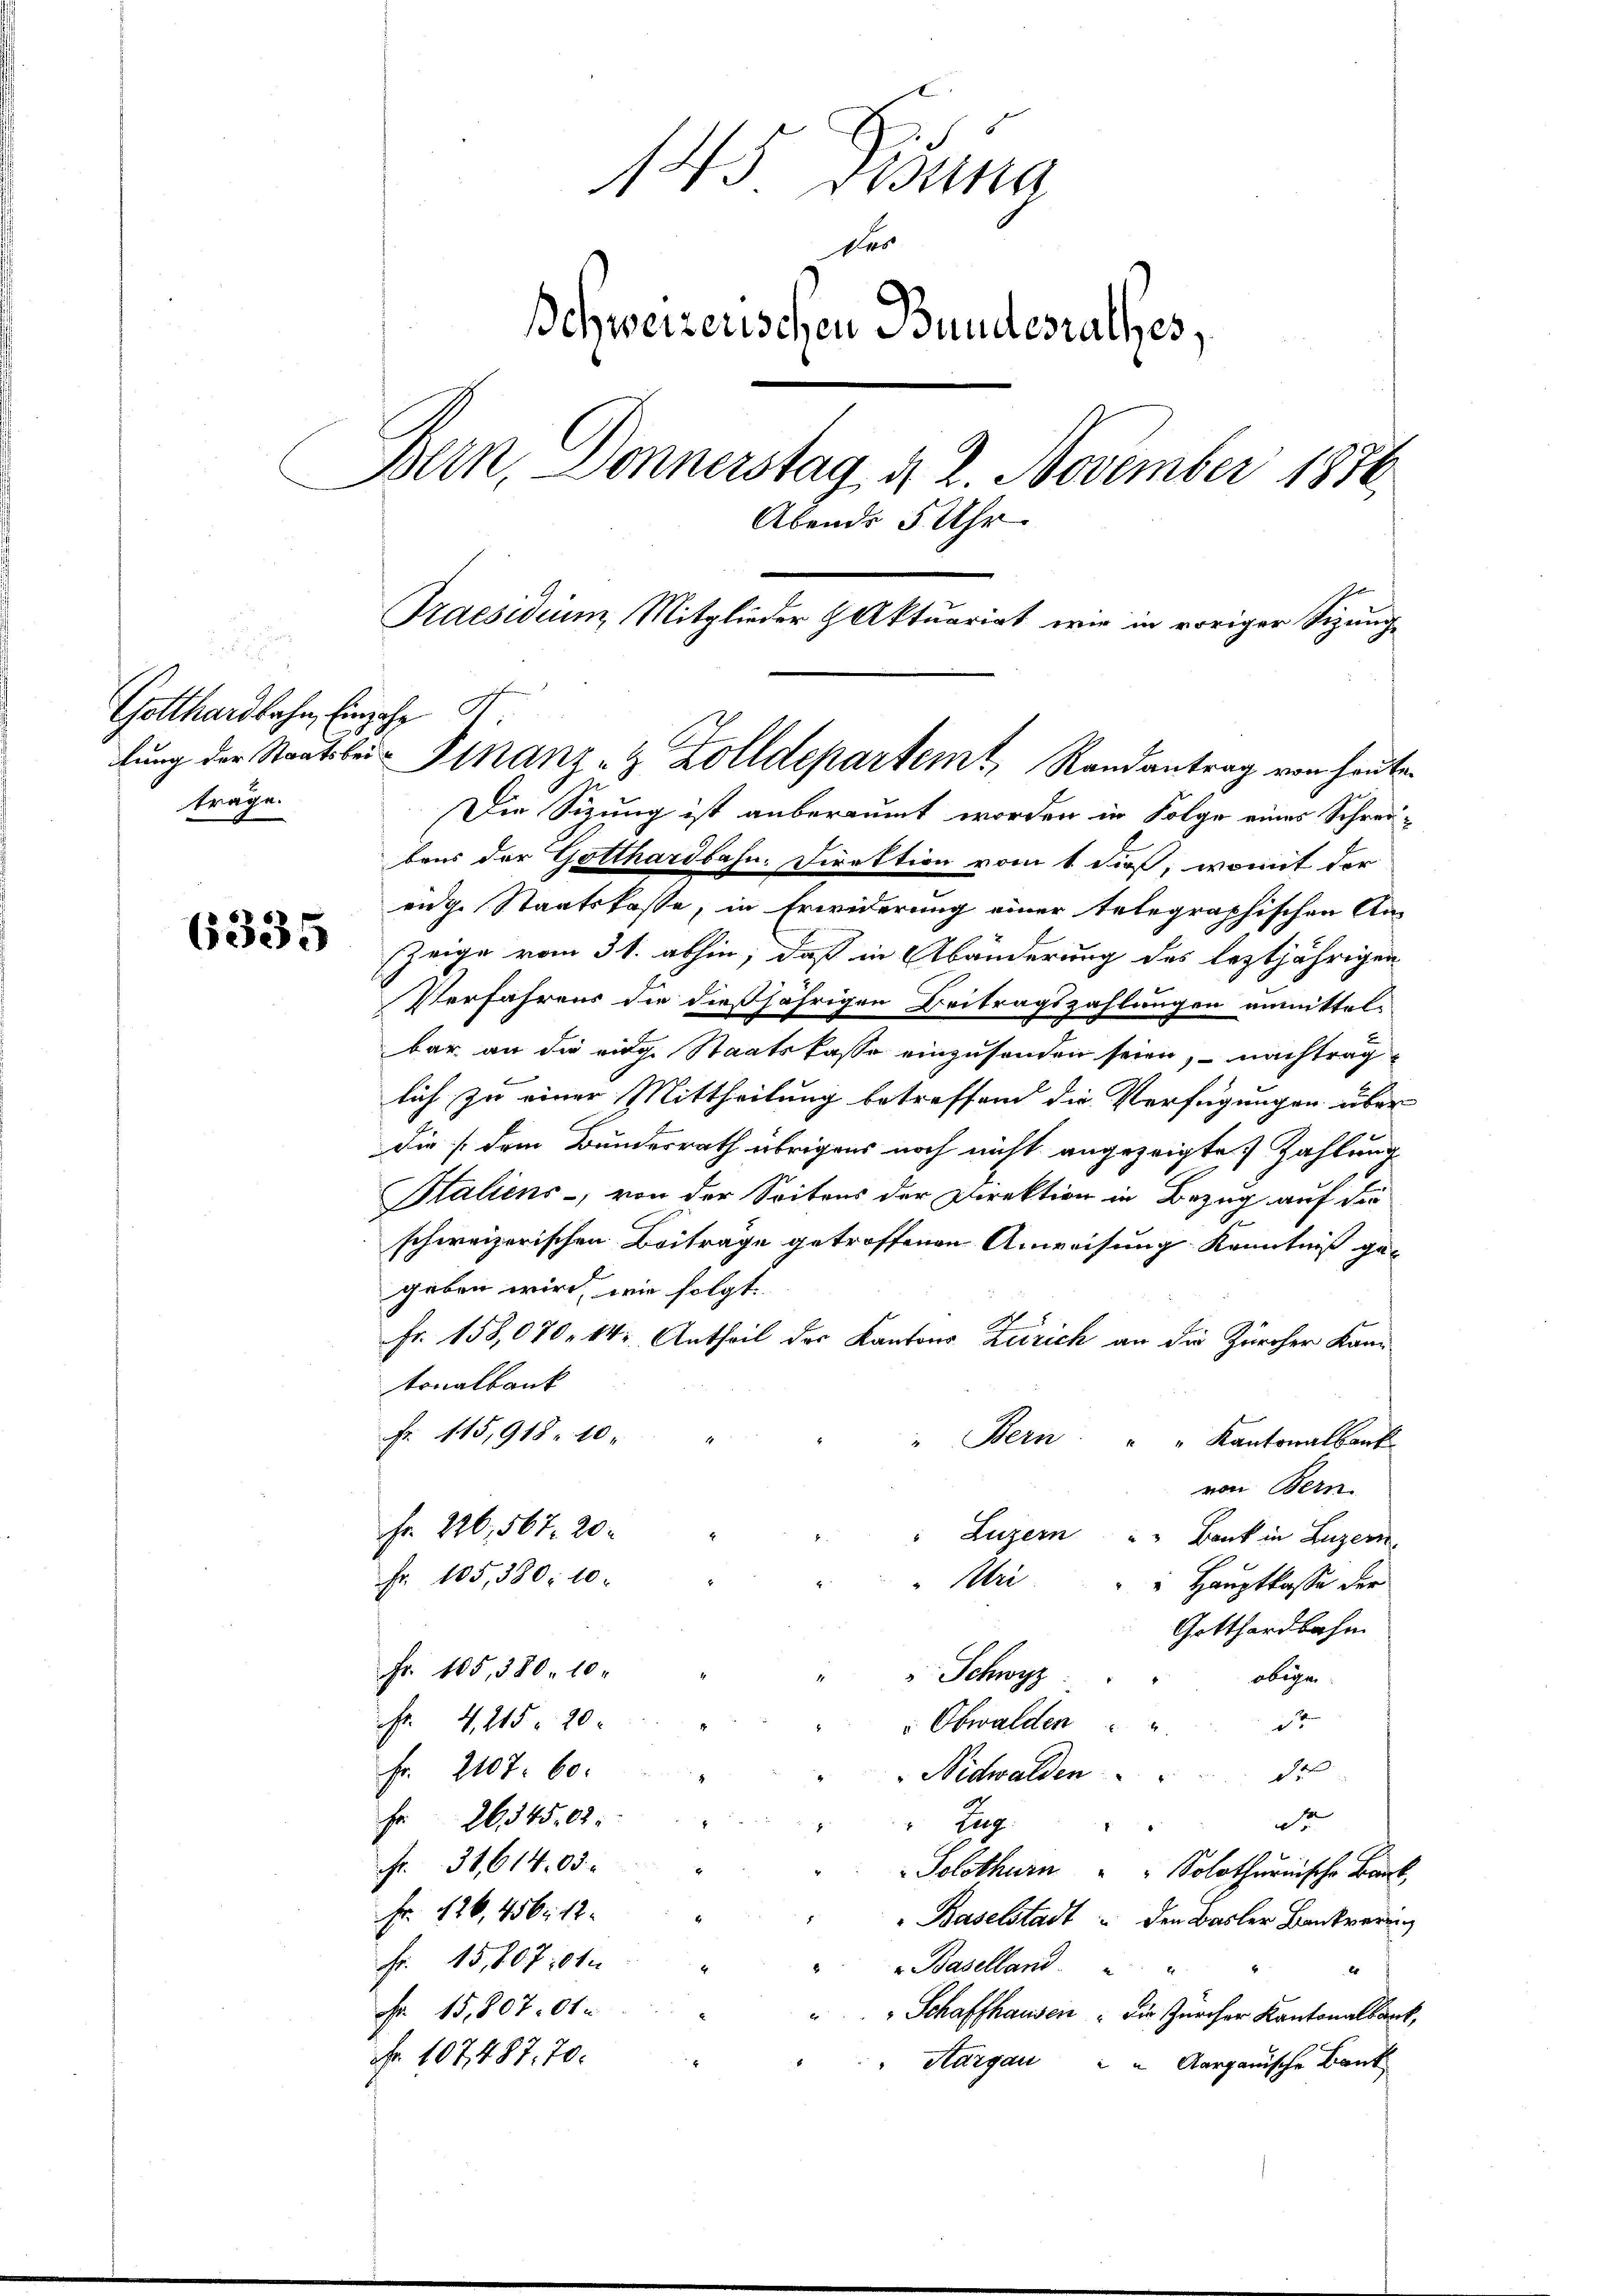
träge.

6335

145. Disena
Des
Bchweizerischen Bundesrathes,
Bern, Donnerstag d. 2. November 1876.
Abends 5 Uhr.
Praesidium Mitglieder Aktuariat wie in voriger Sizunge
G.
Gotthardbahn, Einzehn
lung der Staatsbei- Finanz- & Zolldepartem Randantrag vom heuten

Die Sizung ist anberaumt worden in Folge eines Schreibens der Gotthardbahn. Direktion vom 1. dieß, womit der
eidg. Staatskasse, in Erwiderung einer telegraphischen An-
Zeige vom 31. abhin, daß in Abänderung des leztjährigen
Verfahrens die dießjährigen Beitragszahlungen anmittelbar an die einge Staatskasse einzusenden seien, nachtrag
lich, zu einer Mittheilung betreffend die Verfügungen über
die (dem Bundesrath übrigens noch nicht angezeigte Zahlung
Staliens-, von der Seitens der Direktion in Bezug auf den
.
schweizerischen Beiträge getroffenen Anweisung Kenntniß gegeben wird, wie folgt.
Fr. 158,070. 14. Antheil des Kantons Zürich an die Zürcher Kan
tonalbank
Fr. 115,918. 10.
" Bern. " " Kantonalbank
von Bern.
Fr. 226,567. 20.
Luzern " " Bank in Luzern
Fr. 105,380: 10.
Uri
Hauptkasse der
Gotthardbahn
Fr. 105, 380. 10.
" Schwyz
obigen.
Fr. 4,215. 20.
2
 Obwalden
Fr. 2107. 60.
" Nidwalden de
d
Fr. 26545,03.
Zug.
Fr. 34,61403.
Solothurn . . Solothurnische Bank,
Fr. 126,456. 12.
Baselstadt u den Basler Bankwerung
fr. 15,807 101.
Baselland. " "
Fr. 15,807. 61.
Schaffhausen : Die Zürcher Kantonalbank,
Nr. 107. 487. 70.
"Margau " " Aarganische Bank